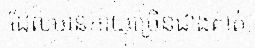
ដែលមានអាយុច្រើនជាងគាត់